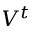
V ^ { t }